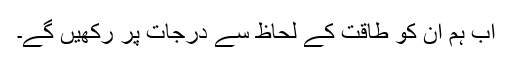
اب ہم ان کو طاقت کے لحاظ سے درجات پر رکھیں گے۔